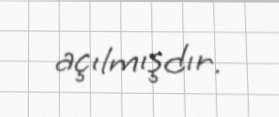
açılmışdır.